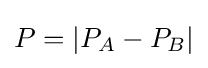
P=|P_{A}-P_{B}|